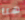
هنا